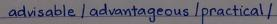
advisable / advantageous / practical /